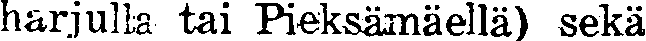
harjulla tai Pieksämäellä) sekä